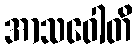
အာသဝေါတိ